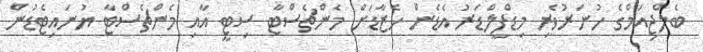
ބެލްޖިއަމްގެ ހުނަރުވެރި މިޑްފީލްޑަރު އެޑެން ހެޒާޑަށް މެންޗެސްޓާ ސިޓީ އާއި މެންޗެސްޓާ ޔުނައިޓެޑުން